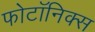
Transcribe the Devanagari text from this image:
फोटॉनिक्‍स